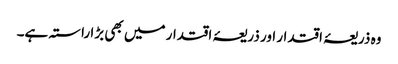
وہ ذریعۂ اقتدار اور ذریعۂ اقتدار میں بھی بڑا راستہ ہے۔